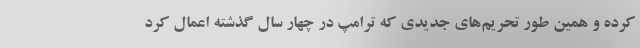
کرده و همین طور تحریم‌های جدیدی که ترامپ در چهار سال گذشته اعمال کرد